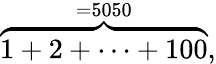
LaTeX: \textstyle\overbrace{1+2+\cdots+100}^{=5050},